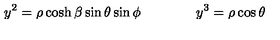
y ^ { 2 } = \rho \cosh \beta \sin \theta \sin \phi \qquad \qquad y ^ { 3 } = \rho \cos \theta